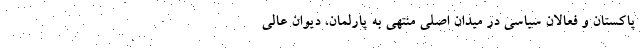
پاکستان و فعالان سیاسی در میدان اصلی منتهی به پارلمان، دیوان عالی